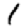
Digit: 1